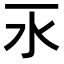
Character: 𣱳